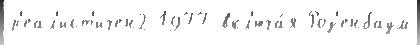
р'еал'ист'ичен2 1977 вкл'юча́я Роз'енбаум